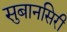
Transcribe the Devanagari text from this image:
सुबानसिरी